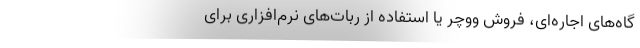
گاه‌های اجاره‌ای، فروش ووچر یا استفاده از ربات‌های نرم‌افزاری برای